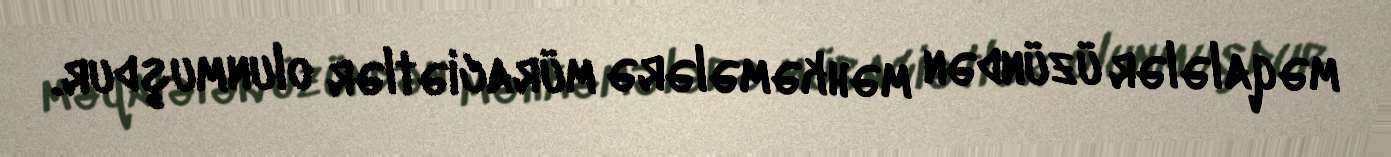
məqalələr üzündən məhkəmələrə müraciətlər olunmuşdur.